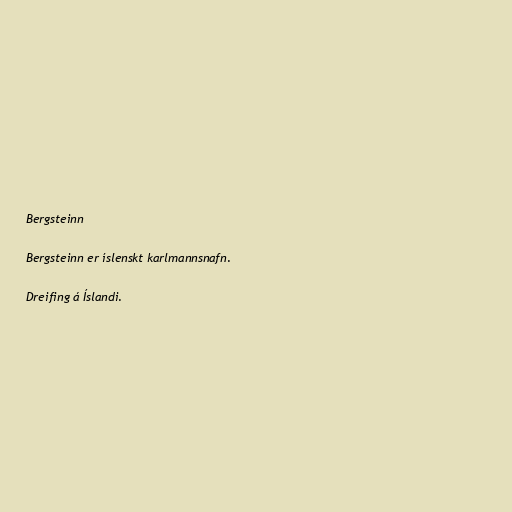
Bergsteinn

Bergsteinn er íslenskt karlmannsnafn.

Dreifing á Íslandi.